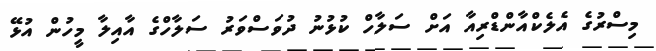
މިސްރުގެ އެލެކްއާންޑްރިއާ އަށް ސަލާހް ކުޅުނު ދުވަސްވަރު ސަލާހްގެ އާއިލާ މީހުން އުޅޭ